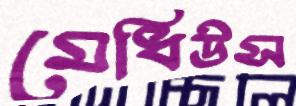
মেধিউস